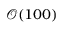
\mathcal { O } ( 1 0 0 )